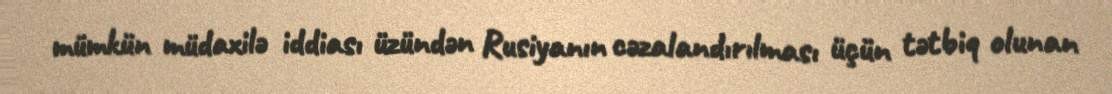
mümkün müdaxilə iddiası üzündən Rusiyanın cəzalandırılması üçün tətbiq olunan